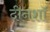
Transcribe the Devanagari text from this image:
दीनशॉ